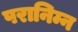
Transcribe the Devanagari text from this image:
परानिम्न